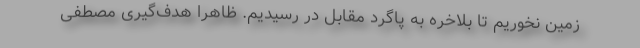
زمین نخوریم تا بلاخره به پاگرد مقابل در رسیدیم. ظاهراً هدف‌گیری مصطفی